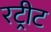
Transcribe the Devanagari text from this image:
रट्रीट